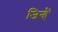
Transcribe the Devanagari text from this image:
जिन्हैं